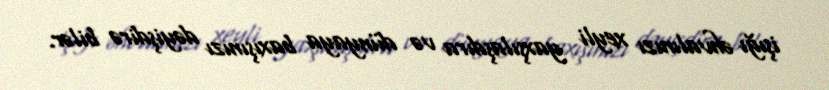
işığı əhvalınızı xeyli yaxşılaşdıra və dünyaya baxışınızı dəyişdirə bilər.